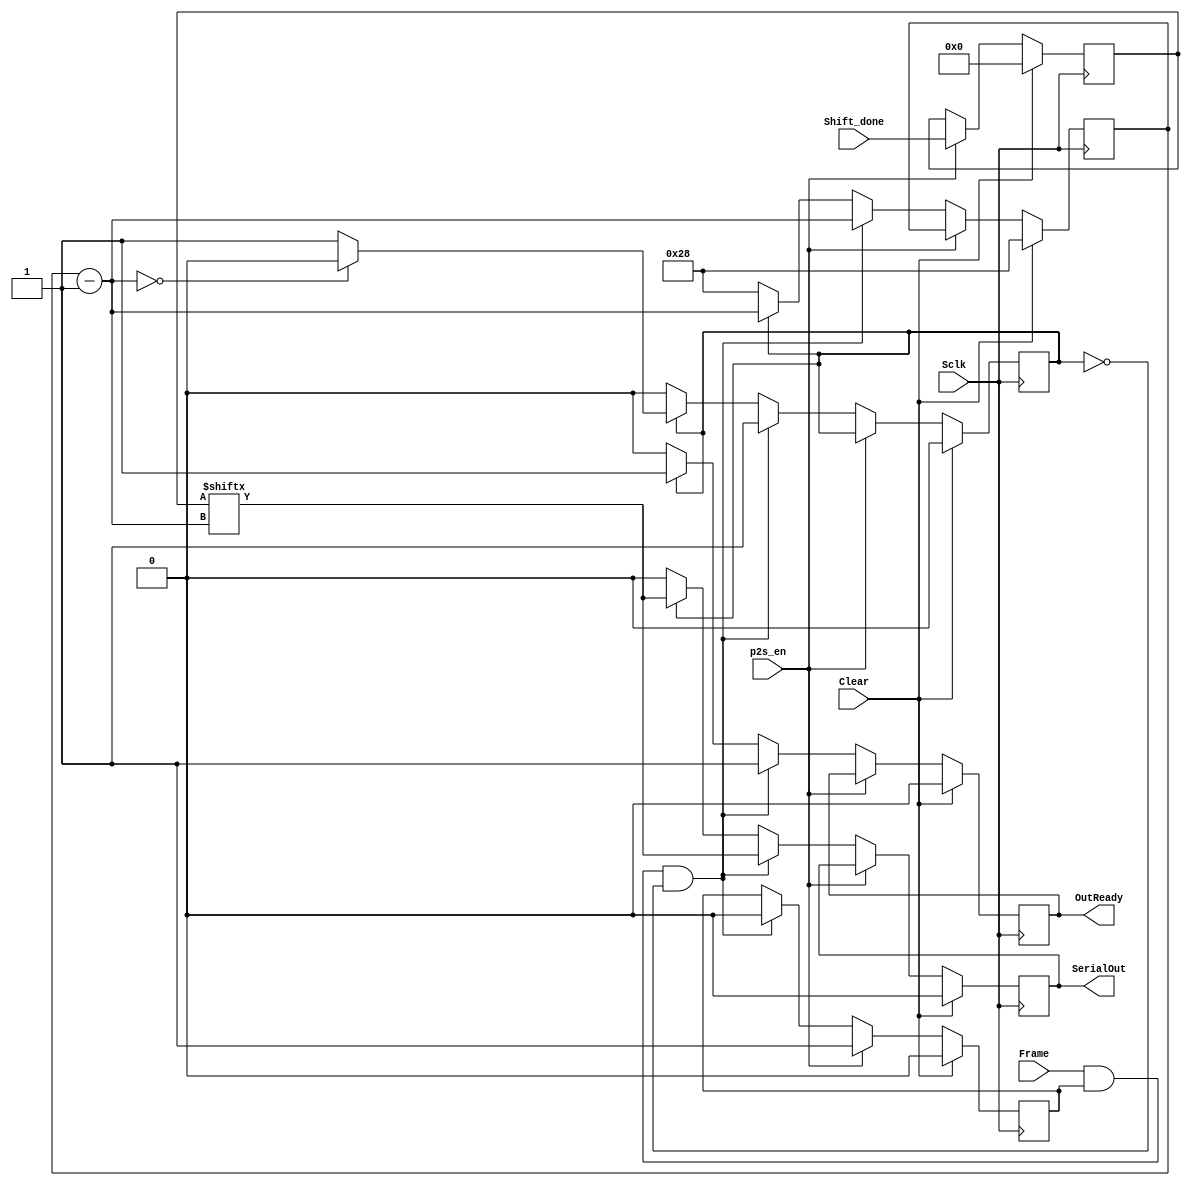
module PISO (Sclk, Clear, Frame, Shift_done, SerialOut, p2s_en, OutReady);
input Sclk, Clear, p2s_en, Frame;
input [39:0] Shift_done;
output reg SerialOut, OutReady;
reg [5:0] count_bit; 

reg ready_out, frame_flag;
reg [39:0] register_piso;

	always @(posedge Sclk)
	begin
		if(Clear == 1'b1)
		begin
			count_bit = 6'd40;
			register_piso = 40'd0;
			ready_out = 1'b0;
			frame_flag = 1'b0;
			OutReady = 1'b0;
			SerialOut = 1'b0;
		end
		else if (p2s_en == 1'b1)
		begin
			register_piso = Shift_done;
			ready_out = 1'b1;
		end
		else if (Frame == 1'b1 && ready_out == 1'b1 && frame_flag == 1'b0)
		begin
			count_bit = count_bit - 1'b1;
			SerialOut = register_piso [count_bit];
			frame_flag = 1'b1;
			ready_out = 1'b0;
			OutReady = 1'b1;
		end
		else if (frame_flag == 1'b1)
		begin
			count_bit = count_bit - 1'b1;
			SerialOut = register_piso [count_bit];
			OutReady = 1'b1;
			if (count_bit == 6'd0)
				frame_flag = 1'b0;
		end
		else
		begin
			count_bit = 6'd40;
			SerialOut = 1'b0;
			OutReady = 1'b0;
		end
	end
endmodule